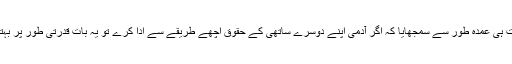
حضرت مسیح موعود علیہ ا لسلام نے نہایت ہی عمدہ طور سے سمجھایا کہ اگر آدمی اپنے دوسرے ساتھی کے حقوق اچھے طریقے سے ادا کرے تو یہ بات قدرتی طور پر بہترین انسانی اقدار کو قائم کرنے والی ہوگی ۔